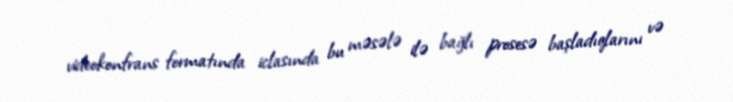
videokonfrans formatında iclasında bu məsələ ilə bağlı prosesə başladıqlarını və